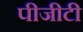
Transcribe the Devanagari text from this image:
पीजीटी